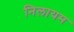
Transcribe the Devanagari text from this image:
निलायम